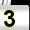
Digit: 3